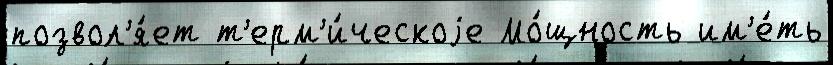
позвол'я́ет т'ерм'и́ческоjе Мо́щность им'е́ть